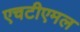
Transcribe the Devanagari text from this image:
एचटीएमल